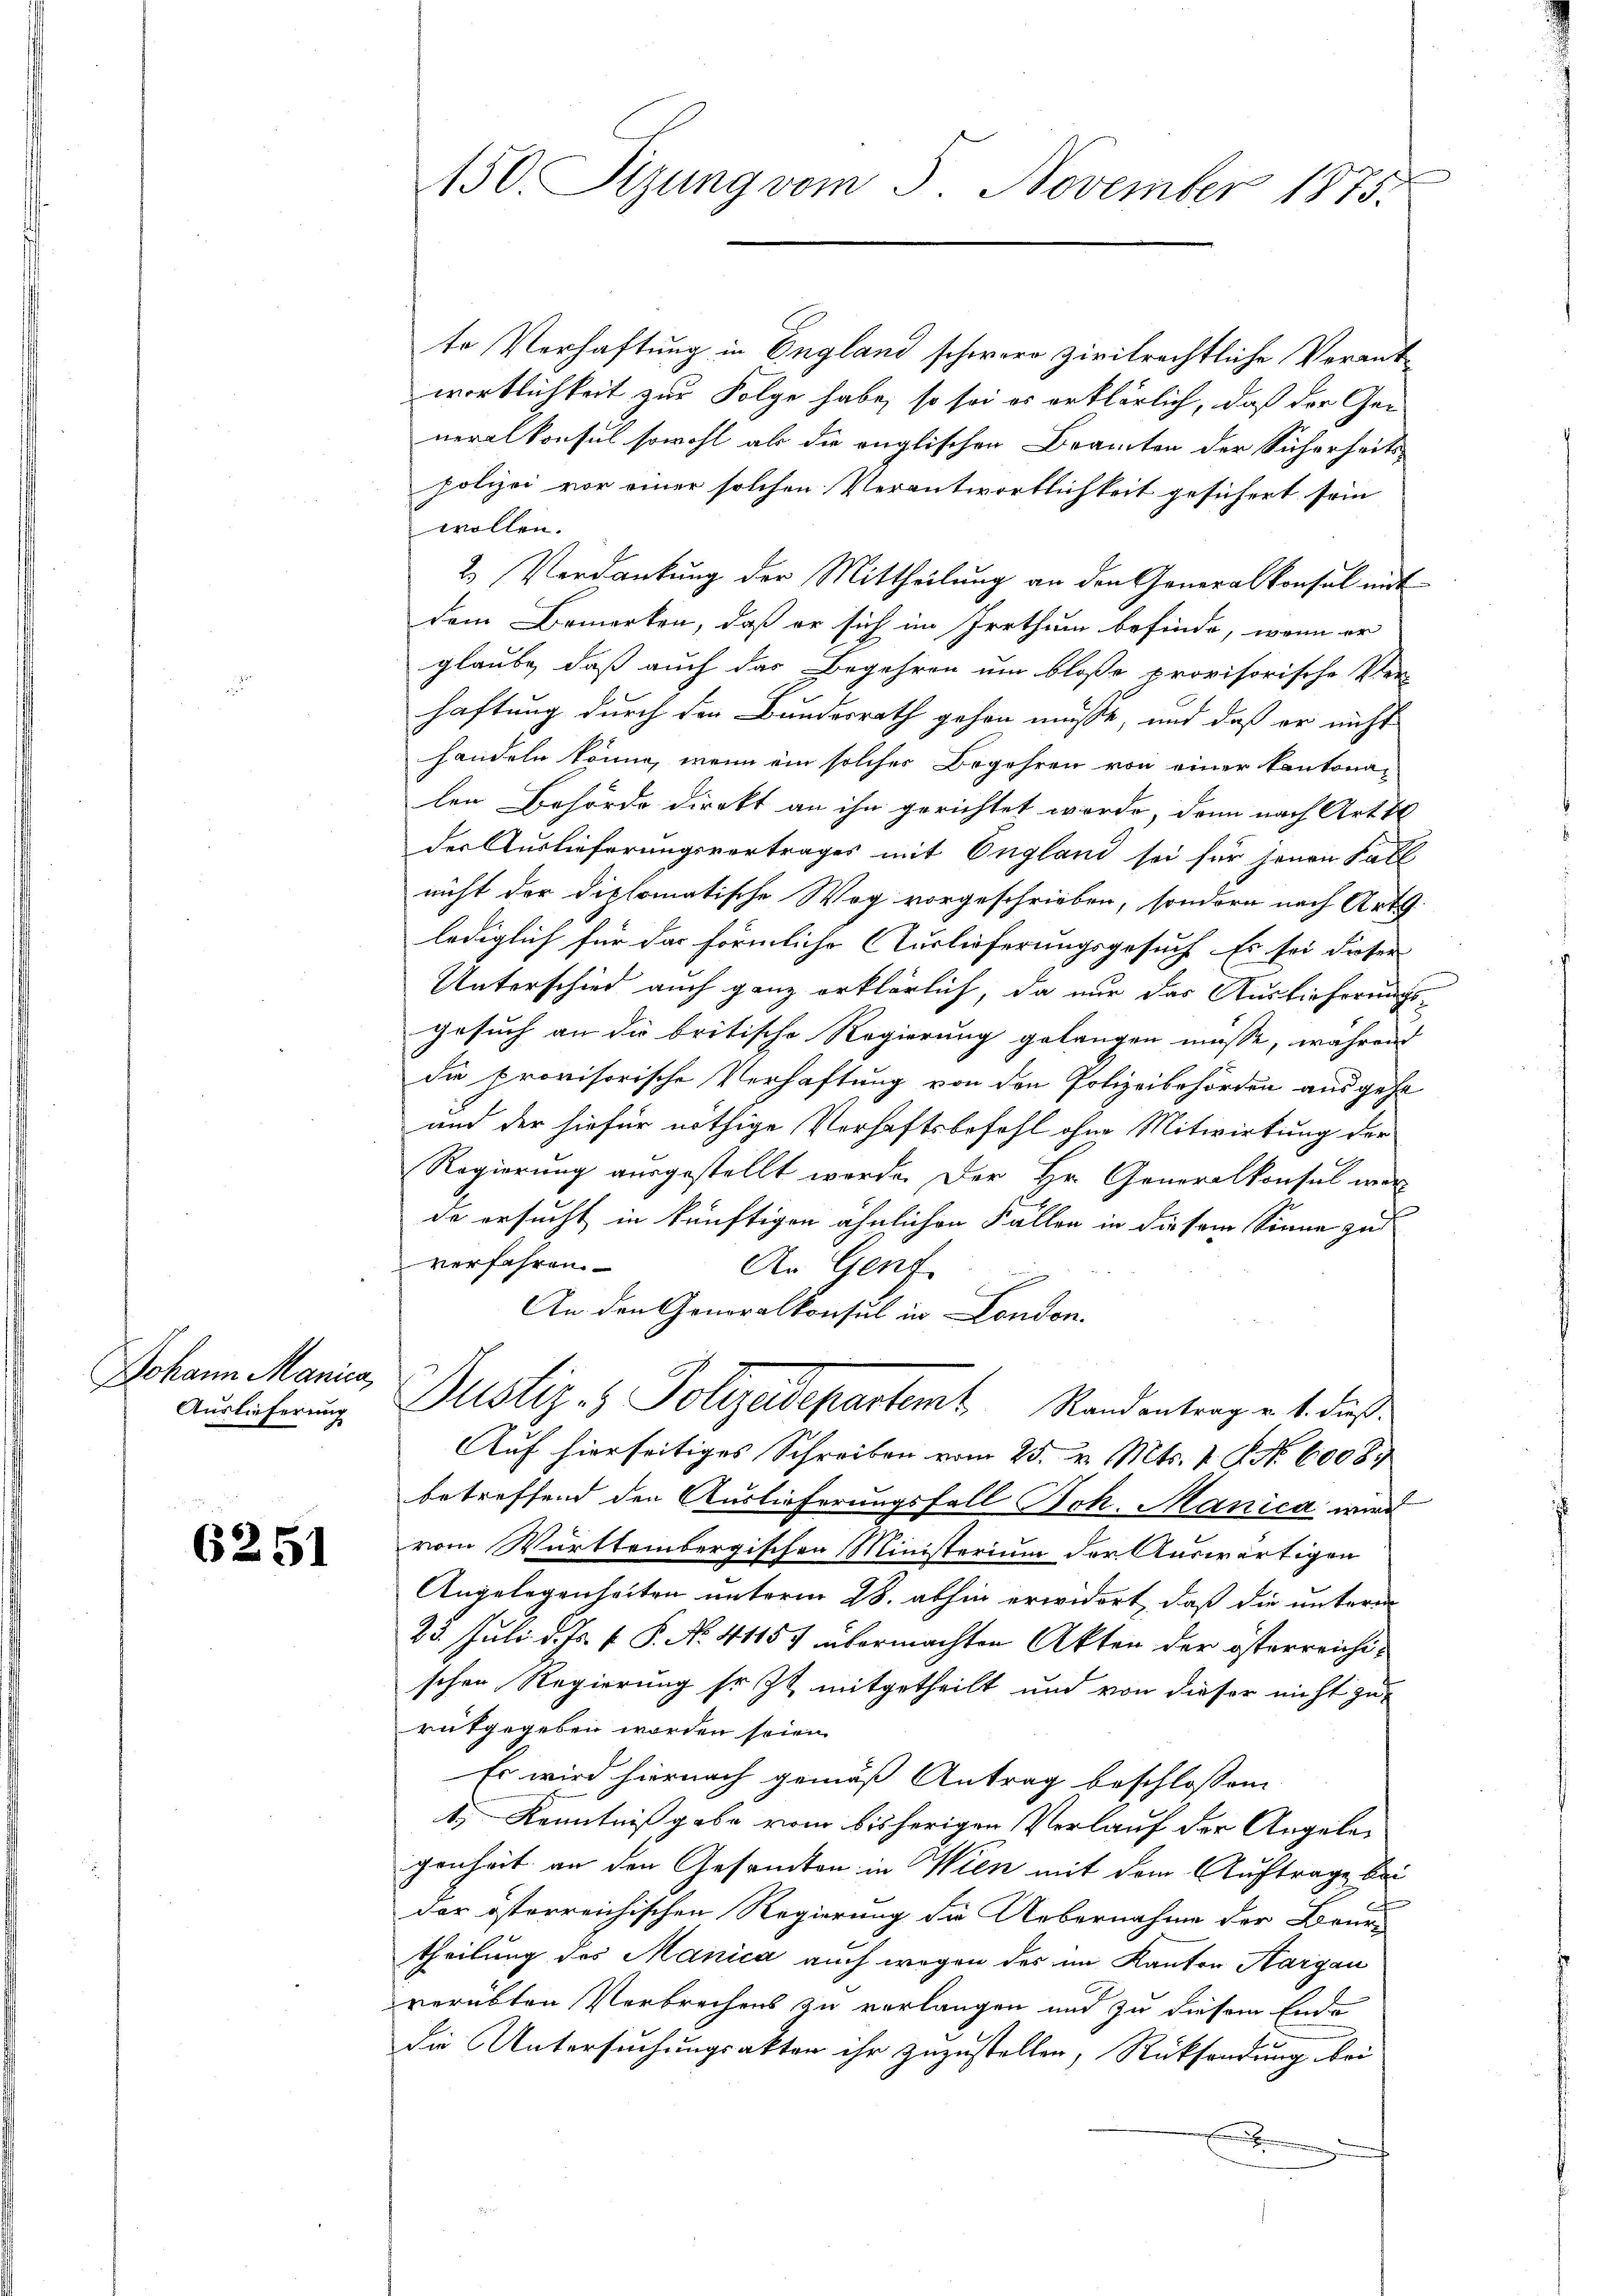
Johann Manica,
Auslieferung

6251

te Verhaftung in England schwere zivilrechtliche Verantwortlichkeit zur Folge habe, so sei es erklärlich, daß der Generalkonsul sowohl als die englischen Beamten der Sicherheits-
polizei vor einer solchen Verantwortlichkeit gesichert sein
wollen.
2. Verdankung der Mittheilung an den Generalkonsul mit
dem Bemerken, daß er sich im Irrthum befinde, wenn er
glaube, daß auch das Begehren um bloße provisorische Ver-
haftung durch den Bundesrath gehen müsse, und daß er nicht
handeln könne, wenn ein solches Begehren von einer kantonalen Behörde direkt an ihn gerichtet werde, dann nach Art 1
der Auslieferungsvertrages mit England sei für jenen Fall
nicht der diplomatische Weg vorgeschrieben, sondern nach Art.
lediglich für das förmliche Auslieferungsgesuch. Es sei dieser
Unterschied auch ganz erklärlich, da nur das Auslieferungsgesuch an die britische Regierung gelangen müsse, während
die provisorische Verhaftung von den Polizeibehörden ausgehe
und der hiefür nöthige Verhaftsbefehl ohne Mitwirkung der
Regierung ausgestellt werde. Der Hr. Generalkonsul war
de ersucht in künftigen ähnlichen Fällen in diesem Sonne zu
verfahren.
An Genf
An den Generalkonsul in London.
Justiz- & Polizeidepartet Randentrag v. 1. dies
Auf hierseitiges Schreiben vom 25. v. Mts. 1. No. 6008.
betreffend den Auslieferungsfall Joh. Manica wird
vom Württembergischen Ministerium der Auswärtigen
Angelegenheiten unterm 28. abhin erwidert, daß die untern
23. Juli d. Js. v. P. No. 41157 übermachten Akten der österreichischen Regierung so zu mitgetheilt und von dieser nicht zu
rükgegeben worden seien.
Es wird hiernach gemäß Antrag beschlossen
1) Kenntnißgabe vom bisherigen Verlauf der Angelegenheit an den Gesamten in Wien mit dem Auftrage bei
der österreichischen Regierung die Uebernahme der Brur-
theilung des Manica auch wegen des im Kanton Aargau
verübten Verbrechens zu verlangen und zu diesem Ende
die Untersuchungsakten ihr zuzustellen, Rücksendung bei
E

150. Sitzung vom 3. November 1875.